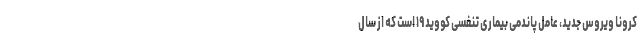
کرونا ویروس جدید، عامل پاندمی بیماری تنفسی کووید ۱۹ است که از سال